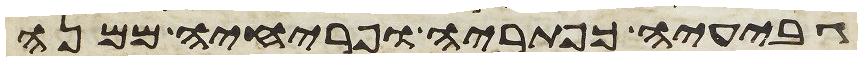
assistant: גביעיה כפתריה ופרחיה ממנה